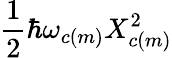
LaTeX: \frac{1}{2}\hbar\omega_{c(m)}X_{c(m)}^{2}